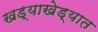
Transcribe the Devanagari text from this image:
खड्याखेड्यात